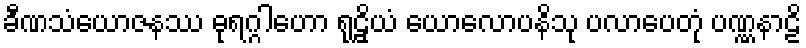
ခီဏသံယောဇနဿ ဓုရဂ္ဂါဟော ရုဠှိယံ ယောလောပနိသု ပလာပေတုံ ပဏ္ဏနာဠိ